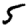
Digit: 5